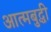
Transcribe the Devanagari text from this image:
आत्मबुद्धी